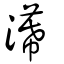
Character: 濗